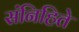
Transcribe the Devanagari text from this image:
संनिहिते